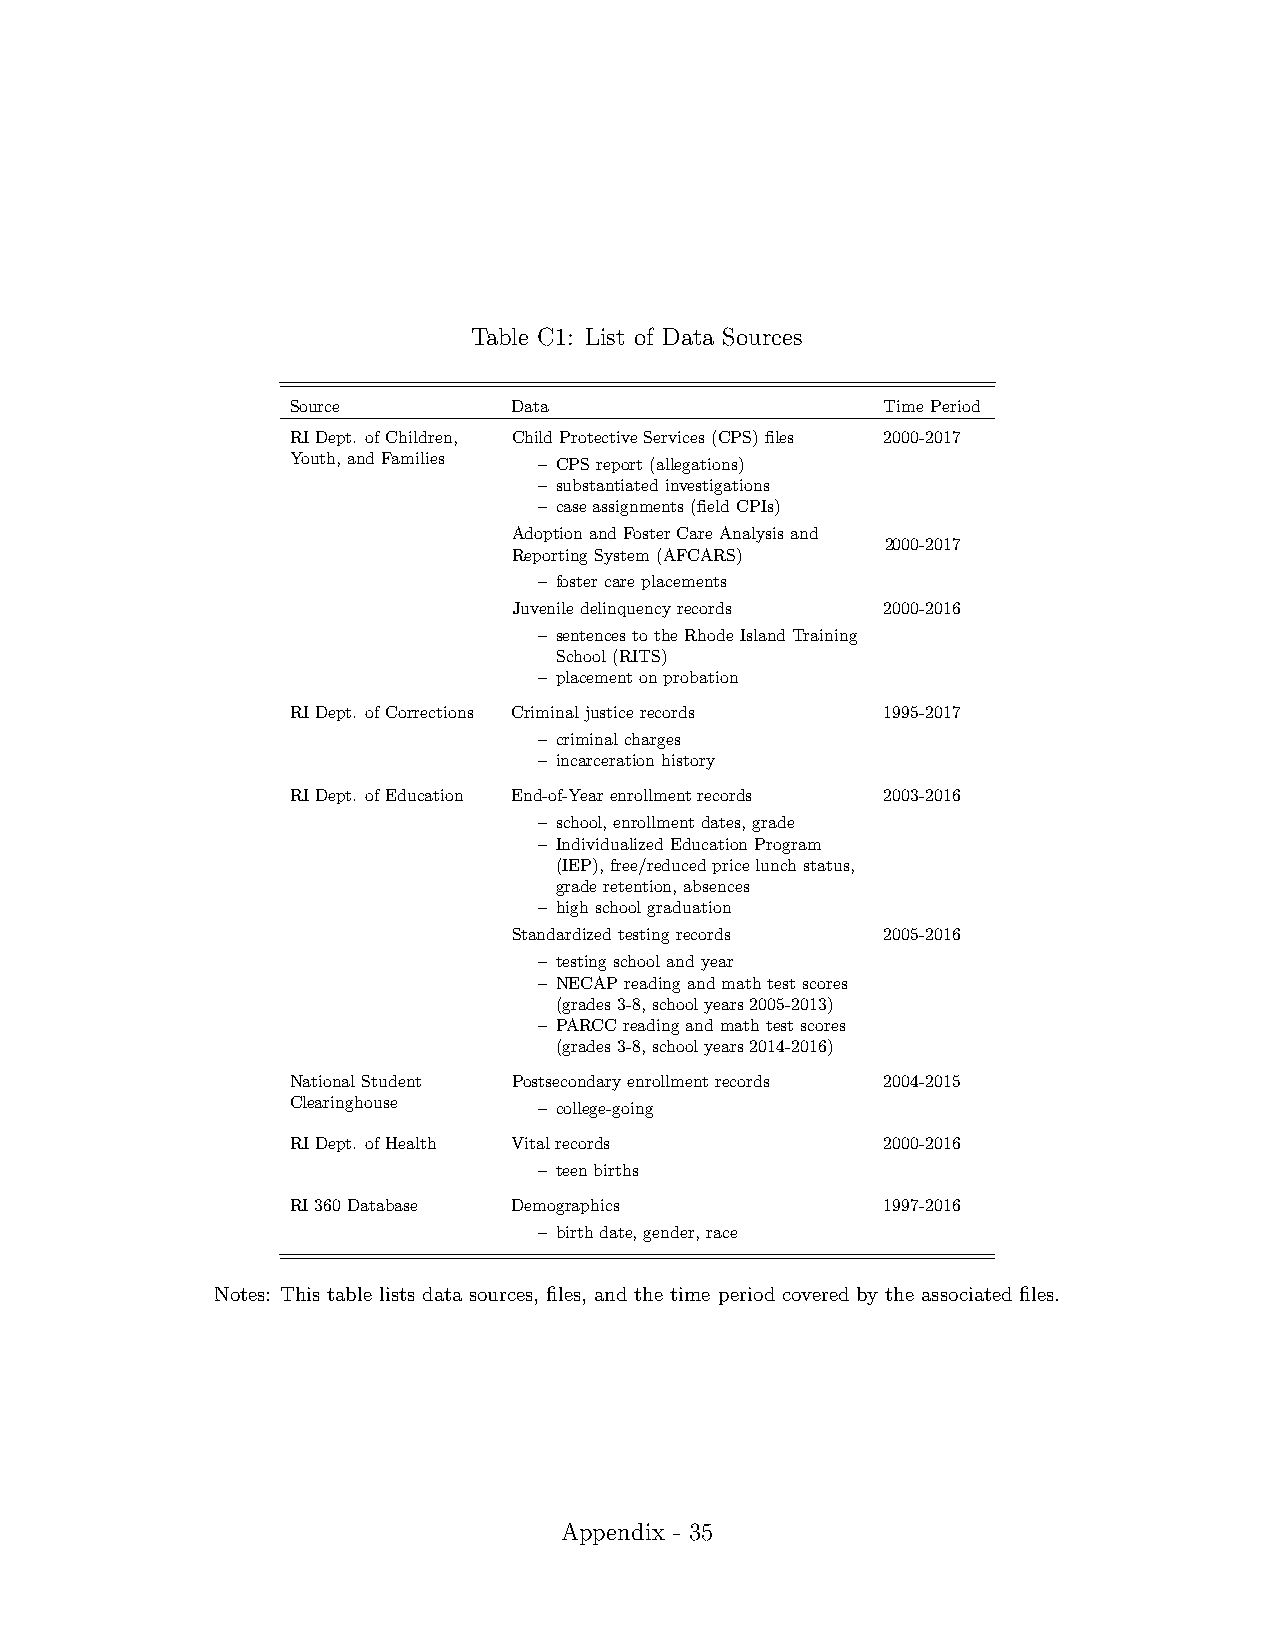
Table C1: List of Data Sources
 Source         Data                     TimePeriod
 RIDept. ofChildren, ChildProtectiveServices(CPS)files 2000-2017
 Youth,andFamilies – CPSreport(allegations)
 – substantiatedinvestigations
 – caseassignments(fieldCPIs)
 AdoptionandFosterCareAnalysisand
 2000-2017
 ReportingSystem(AFCARS)
 – fostercareplacements
 Juveniledelinquencyrecords 2000-2016
 – sentencestotheRhodeIslandTraining
 School(RITS)
 – placementonprobation
 RIDept. ofCorrections Criminaljusticerecords 1995-2017
 – criminalcharges
 – incarcerationhistory
 RIDept. ofEducation End-of-Yearenrollmentrecords 2003-2016
 – school,enrollmentdates,grade
 – IndividualizedEducationProgram
 (IEP),free/reducedpricelunchstatus,
 graderetention,absences
 – highschoolgraduation
 Standardizedtestingrecords 2005-2016
 – testingschoolandyear
 – NECAPreadingandmathtestscores
 (grades3-8,schoolyears2005-2013)
 – PARCCreadingandmathtestscores
 (grades3-8,schoolyears2014-2016)
 NationalStudent Postsecondaryenrollmentrecords 2004-2015
 Clearinghouse    – college-going
 RIDept. ofHealth Vitalrecords           2000-2016
 – teenbirths
 RI360Database  Demographics             1997-2016
 – birthdate,gender,race
 Notes: This table lists data sources, files, and the time period covered by the associated files.
 Appendix - 35
 1